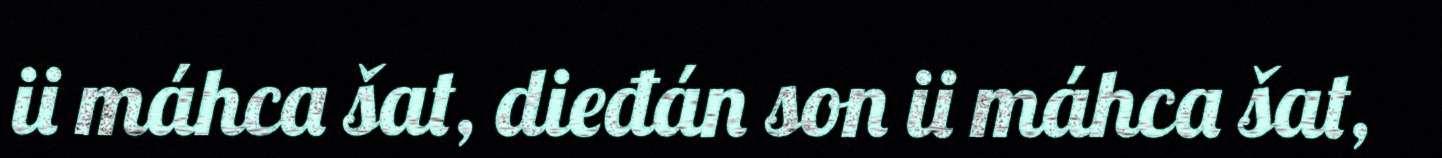
ii máhca šat, dieđán son ii máhca šat,